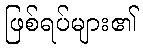
ဖြစ်ရပ်များ၏